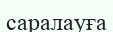
саралауға